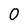
Character: 0